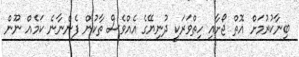
ބިނާކުރުމަށް އޮތް ޖޯށާއި ހިތްވަރަކީ ދުނިޔޭގެ އެއްވެސް ތާކުން ފެންނާނެ ކަމެއް ނޫން